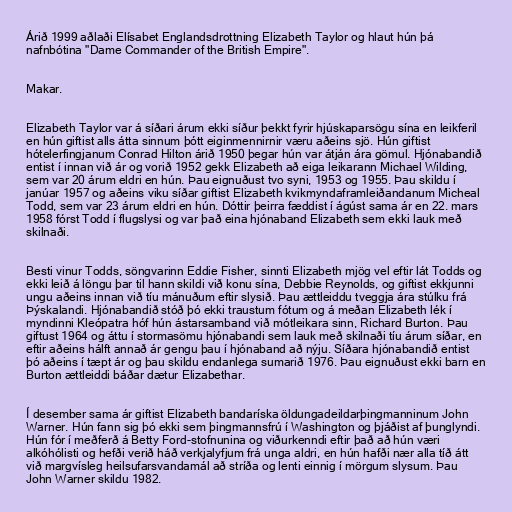
Árið 1999 aðlaði Elísabet Englandsdrottning Elizabeth Taylor og hlaut hún þá
nafnbótina "Dame Commander of the British Empire".

Makar.

Elizabeth Taylor var á síðari árum ekki síður þekkt fyrir hjúskaparsögu sína en leikferil
en hún giftist alls átta sinnum þótt eiginmennirnir væru aðeins sjö. Hún giftist
hótelerfingjanum Conrad Hilton árið 1950 þegar hún var átján ára gömul. Hjónabandið
entist í innan við ár og vorið 1952 gekk Elizabeth að eiga leikarann Michael Wilding,
sem var 20 árum eldri en hún. Þau eignuðust tvo syni, 1953 og 1955. Þau skildu í
janúar 1957 og aðeins viku síðar giftist Elizabeth kvikmyndaframleiðandanum Micheal
Todd, sem var 23 árum eldri en hún. Dóttir þeirra fæddist í ágúst sama ár en 22. mars
1958 fórst Todd í flugslysi og var það eina hjónaband Elizabeth sem ekki lauk með
skilnaði.

Besti vinur Todds, söngvarinn Eddie Fisher, sinnti Elizabeth mjög vel eftir lát Todds og
ekki leið á löngu þar til hann skildi við konu sína, Debbie Reynolds, og giftist ekkjunni
ungu aðeins innan við tíu mánuðum eftir slysið. Þau ættleiddu tveggja ára stúlku frá
Þýskalandi. Hjónabandið stóð þó ekki traustum fótum og á meðan Elizabeth lék í
myndinni Kleópatra hóf hún ástarsamband við mótleikara sinn, Richard Burton. Þau
giftust 1964 og áttu í stormasömu hjónabandi sem lauk með skilnaði tíu árum síðar, en
eftir aðeins hálft annað ár gengu þau í hjónaband að nýju. Síðara hjónabandið entist
þó aðeins í tæpt ár og þau skildu endanlega sumarið 1976. Þau eignuðust ekki barn en
Burton ættleiddi báðar dætur Elizabethar.

Í desember sama ár giftist Elizabeth bandaríska öldungadeildarþingmanninum John
Warner. Hún fann sig þó ekki sem þingmannsfrú í Washington og þjáðist af þunglyndi.
Hún fór í meðferð á Betty Ford-stofnunina og viðurkenndi eftir það að hún væri
alkóhólisti og hefði verið háð verkjalyfjum frá unga aldri, en hún hafði nær alla tíð átt
við margvísleg heilsufarsvandamál að stríða og lenti einnig í mörgum slysum. Þau
John Warner skildu 1982.